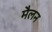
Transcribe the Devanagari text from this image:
मैलन